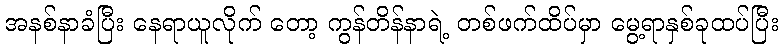
အနစ်နာခံပြီး နေရာယူလိုက် တော့ ကွန်တိန်နာရဲ့ တစ်ဖက်ထိပ်မှာ မွေ့ရာနှစ်ခုထပ်ပြီး